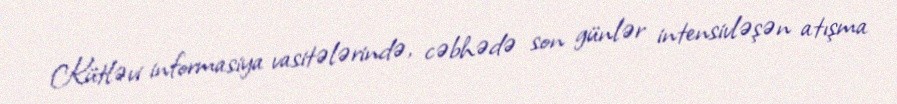
Kütləvi informasiya vasitələrində, cəbhədə son günlər intensivləşən atışma